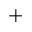
+